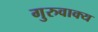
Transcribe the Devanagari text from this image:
गुरुवाक्य